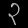
Digit: ၃